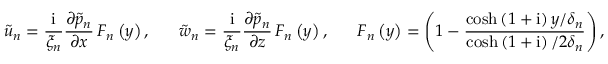
\tilde { u } _ { n } = \frac { \mathrm { i } } { \xi _ { n } } \frac { \partial \tilde { p } _ { n } } { \partial x } \, F _ { n } \left( y \right) , \ \ \ \ \ \tilde { w } _ { n } = \frac { \mathrm { i } } { \xi _ { n } } \frac { \partial \tilde { p } _ { n } } { \partial z } \, F _ { n } \left( y \right) , \ \ \ \ \ F _ { n } \left( y \right) = \left( 1 - \frac { \cosh { \left( 1 + \mathrm { i } \right) y / \delta _ { n } } } { \cosh { \left( 1 + \mathrm { i } \right) / 2 \delta _ { n } } } \right) ,